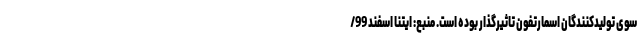
سوی تولیدکنندگان اسمارتفون تاثیرگذار بوده است. منبع: ایتنا اسفند 99/